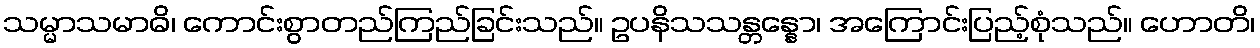
သမ္မာသမာဓိ၊ ကောင်းစွာတည်ကြည်ခြင်းသည်။ ဥပနိသသန္တန္နော၊ အကြောင်းပြည့်စုံသည်။ ဟောတိ၊